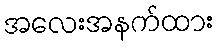
အလေးအနက်ထား